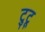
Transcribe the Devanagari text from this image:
टुटू